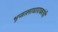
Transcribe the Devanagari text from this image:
भूजालाधाराकांची